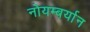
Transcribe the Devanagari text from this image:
नोयम्बर्यान